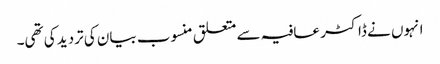
انہوں نے ڈاکٹر عافیہ سے متعلق منسوب بیان کی تردید کی تھی۔